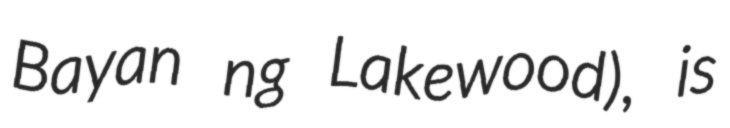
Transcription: Bayan ng Lakewood), is